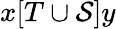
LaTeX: x[T\cup\mathcal{S}]y